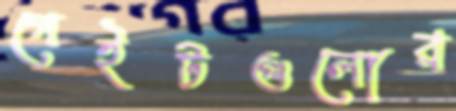
গেইটগুলোর